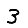
Digit: 3